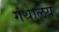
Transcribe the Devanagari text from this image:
गंथालय